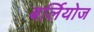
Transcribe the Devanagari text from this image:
बर्लियोज